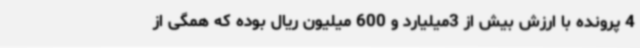
4 پرونده با ارزش بیش از 3میلیارد و 600 میلیون ریال بوده که همگی از